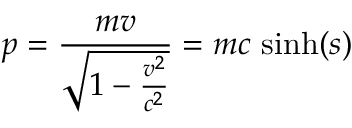
p = { \frac { m v } { \sqrt { 1 - { \frac { v ^ { 2 } } { c ^ { 2 } } } } } } = m c { \mathrm { ~ s i n h } } ( s )